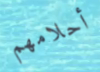
أحلامهم